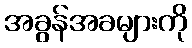
အခွန်အခများကို